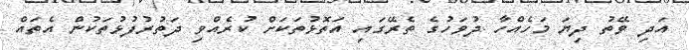
އަދި ވޭތު ދިޔަ މަހެއްހާ ދުވަހުގެ ތެރޭގައި އަތޮޅުތަކަށް ކުރެއްވި ދަތުރުފުޅުތަކުން އެތައް